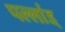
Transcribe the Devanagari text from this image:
पल्लांड्